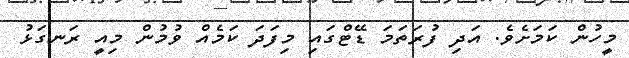
މީހުން ކަމަށެވެ. އަދި ފުރަތަމަ ޑޭޓްގައި މިފަދަ ކަމެއް ވުމުން މިއީ ރަނގަޅު